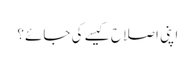
اپنی اصلاح کیسے کی جائے؟